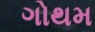
ગોથમ